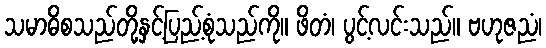
သမာဓိစသည်တို့နှင့်ပြည့်စုံသည်ကို။ ဖိတံ၊ ပွင့်လင်းသည်။ ဗဟုဇညံ၊